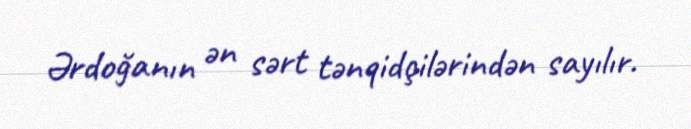
Ərdoğanın ən sərt tənqidçilərindən sayılır.